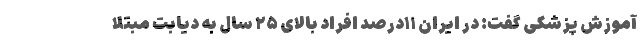
آموزش پزشکی گفت: در ایران ۱۱درصد افراد بالای ۲۵ سال به دیابت مبتلا